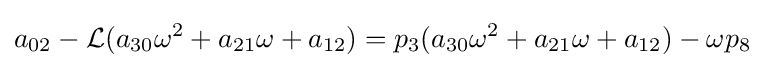
a_{02}-{\mathcal {L}}(a_{30}\omega ^{2}+a_{21}\omega +a_{12})=p_{3}(a_{30}\omega ^{2}+a_{21}\omega +a_{12})-\omega p_{8}